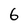
Character: 6